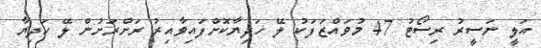
އަލީ ނަސީރު ރިސޯޓު 47 މުވައްޒަފަކު ލޭ ހަދިޔާކޮށްފައިވާއިރު ރަށްރަށުން ލޭ ހަދިޔާ